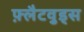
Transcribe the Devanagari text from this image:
फ़्लैटवुड्स